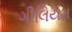
ગીલિયમ